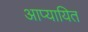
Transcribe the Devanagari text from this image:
आप्यायित